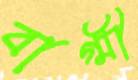
বাগ্মী